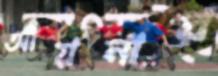
আয়নার